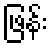
ဖြန်း